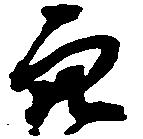
穴